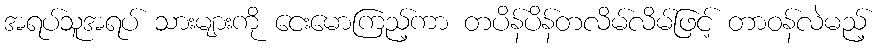
အရပ်သူအရပ် သားများကို ငေးမောကြည့်ကာ တပိန်ပိန်တလိမ်လိမ်ဖြင့် တာဝန်လဲမည့်